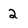
Character: 2